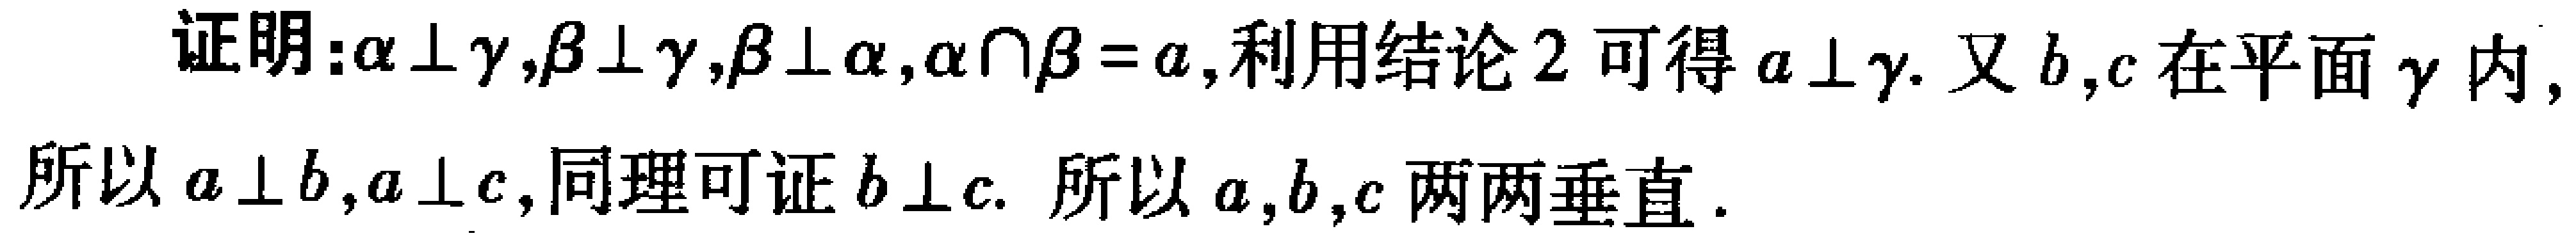
证明：$\alpha \perp \gamma,\beta \perp \gamma,\beta \perp \alpha,\alpha \cap \beta = a$,利用结论2可得$a \perp \gamma$. 又$b,c$在平面$\gamma$内,所以$a \perp b,a \perp c$,同理可证$b \perp c$. 所以$a,b,c$两两垂直.